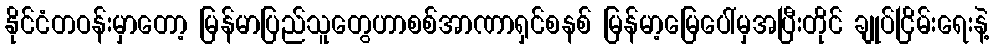
နိုင်ငံတဝန်းမှာတော့ မြန်မာပြည်သူတွေဟာစစ်အာဏာရှင်စနစ် မြန်မာ့မြေပေါ်မှအပြီးတိုင် ချုပ်ငြိမ်းရေးနဲ့